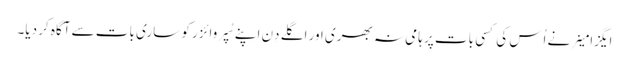
ایگزامینر نے اُس کی کسی بات پر ہامی نہ بھری اور اگلے دِن اپنے سُپروائزر کو ساری بات سے آگاہ کر دیا۔